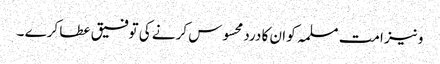
و نیز امت مسلمہ کو ان کا درد محسوس کرنے کی توفیق عطا کرے ۔